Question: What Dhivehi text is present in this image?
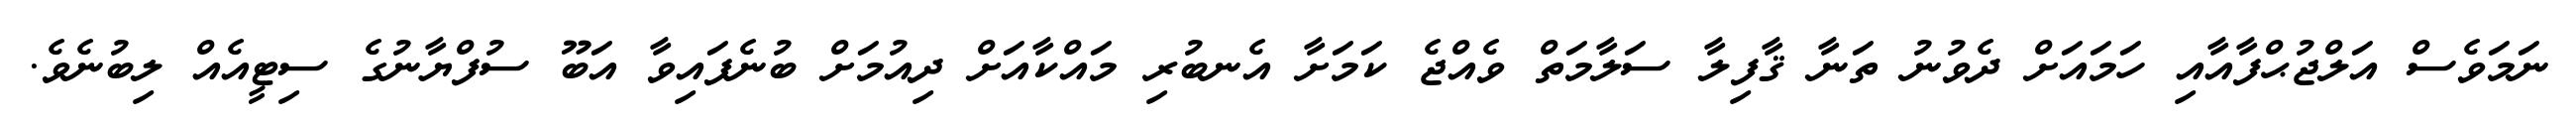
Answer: ނަމަވެސް އަލްޖުޙްފާއާއި ހަމައަށް ދެވުނު ތަނާ ޤާފިލާ ސަލާމަތް ވެއްޖެ ކަމަށާ އެނބުރި މައްކާއަށް ދިއުމަށް ބުނެފައިވާ އަބޫ ސުފްޔާނުގެ ސިޓީއެއް ލިބުނެވެ.